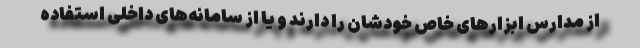
از مدارس ابزارهای خاص خودشان را دارند و یا از سامانه‌های داخلی استفاده